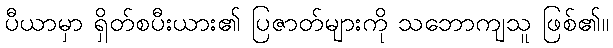
ပီယာမှာ ရှိတ်စပီးယား၏ ပြဇာတ်များကို သဘောကျသူ ဖြစ်၏။